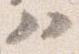
ハ